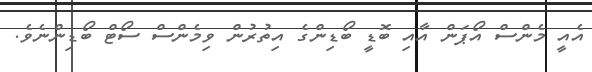
އެއީ މެންސް އޯޕަން އާއި ބޮޑީ ބޯޑިންގެ އިތުރުން ވިމެންސް ސޯޓް ބޯޑިންނެވެ.